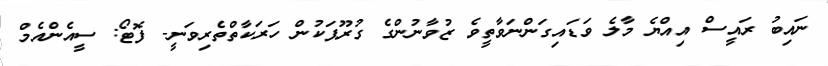
ނައިބު ރައީސް އިއްޔެ މާލެ ވަޑައިގަންނަވާތީވެ ޒުވާނުންގެ ގުރޫޕަކުން ހަރަކާތްތެރިވަނީ- ފޮޓޯ: ސީއެންއެމް